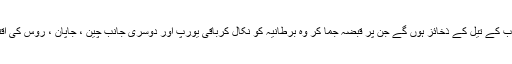
اسرائیل کا سب سے پہلا ہدف عالم عرب کے تیل کے ذخائز ہوں گے جن پر قبضہ جما کر وہ برطانیہ کو نکال کرباقی یورپ اور دوسری جانب چین ، جاپان ، روس کی اقتصادیات کے گلے پر ہاتھ ڈال دے گا۔